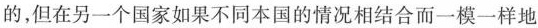
的，但在另一个国家如果不同本国的情况相结合而一模一样地